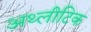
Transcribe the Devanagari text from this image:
अथ्लीटिक